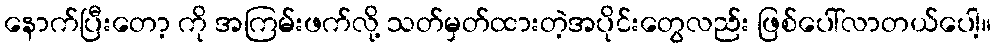
နောက်ပြီးတော့ ကို အကြမ်းဖက်လို့ သတ်မှတ်ထားတဲ့အပိုင်းတွေလည်း ဖြစ်ပေါ်လာတယ်ပေါ့။